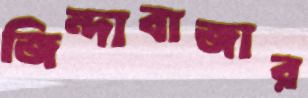
জিন্দাবাজার